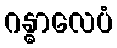
ဂန္ဓာလေပံ